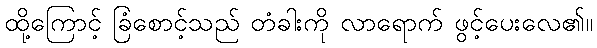
ထို့ကြောင့် ခြံစောင့်သည် တံခါးကို လာရောက် ဖွင့်ပေးလေ၏။